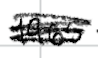
Text: 1965
Cross-out: scratch
Writing tool: digital_black